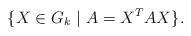
LaTeX: \begin{align*}\{X \in G_k\ |\ A = X^TAX\}.\end{align*}